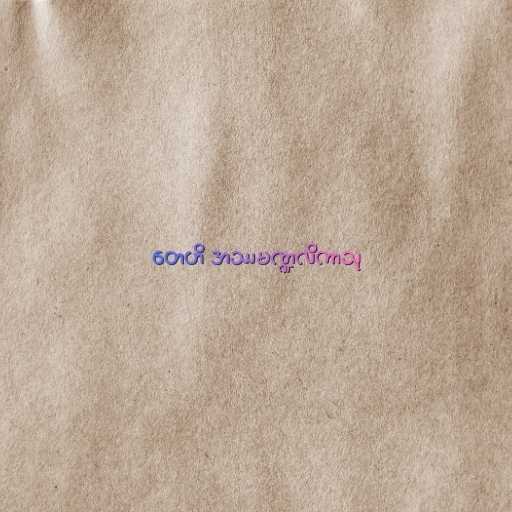
တေဟိ အဿမဏ္ဍလိကာသု